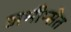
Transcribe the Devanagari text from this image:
अभीप्सेत